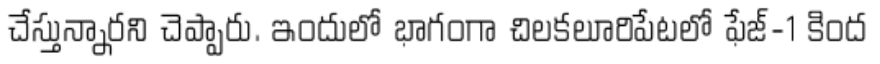
చేస్తున్నారని చెప్పారు. ఇందులో భాగంగా చిలకలూరిపేటలో ఫేజ్-1 కింద